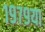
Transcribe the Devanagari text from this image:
१९७९या